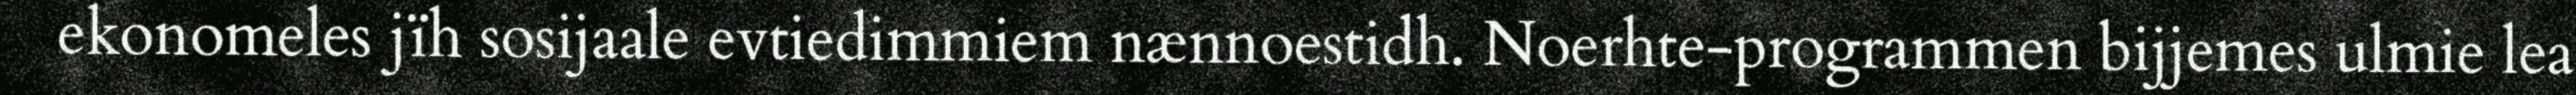
ekonomeles jïh sosijaale evtiedimmiem nænnoestidh. Noerhte-programmen bijjemes ulmie lea